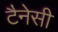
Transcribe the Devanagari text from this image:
टैनेसी